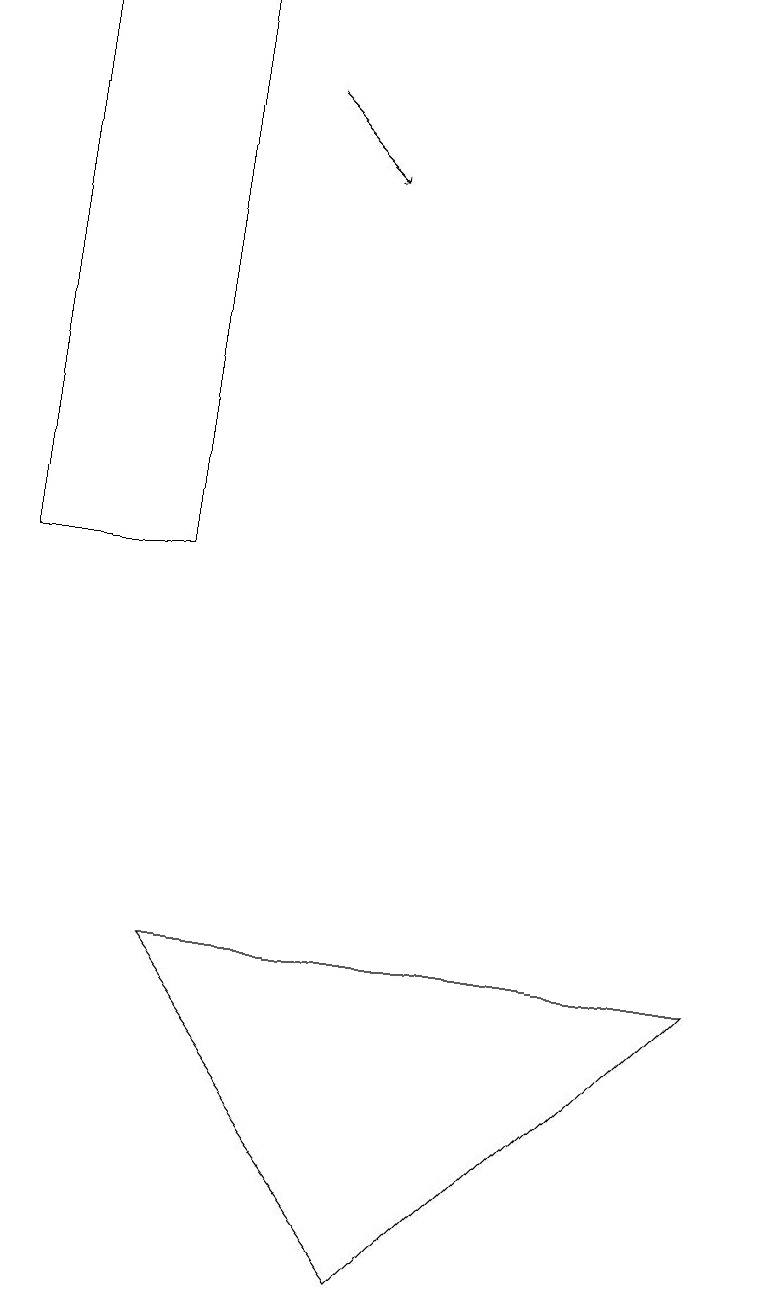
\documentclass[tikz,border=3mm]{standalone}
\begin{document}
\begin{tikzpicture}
\draw (9,6) -- (2,6) -- (5,2) -- cycle;
\draw[->] (3,17) -- (4,16);
\draw (2,18) rectangle (0,11);
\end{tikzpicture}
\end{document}